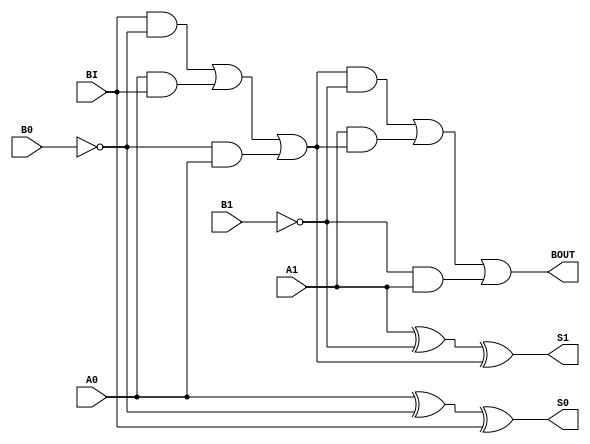
// --------------------------------------------------------------------
// >>>>>>>>>>>>>>>>>>>>>>>>> COPYRIGHT NOTICE <<<<<<<<<<<<<<<<<<<<<<<<<
// --------------------------------------------------------------------
// Copyright (c) 2005 by Lattice Semiconductor Corporation
// --------------------------------------------------------------------
//
//
//                     Lattice Semiconductor Corporation
//                     5555 NE Moore Court
//                     Hillsboro, OR 97214
//                     U.S.A.
//
//                     TEL: 1-800-Lattice  (USA and Canada)
//                          1-408-826-6000 (other locations)
//
//                     web: http://www.latticesemi.com/
//
// --------------------------------------------------------------------
//
// Simulation Library File for ECP2
//
// $Header: /home/dmsys/pvcs/RCSMigTest/rcs/verilog/pkg/versclibs/data/ecp2/RCS/FSUB2B.v,v 1.1 2005/07/08 14:28:41 pradeep Exp $ 
//
`resetall
`timescale 1 ns / 1 ps

`celldefine

module FSUB2B (A0, A1, B0, B1, BI, BOUT, S0, S1);
  input  A0, A1, B0, B1, BI;
  output BOUT, S0, S1;

wire BOUT0;

  and INST10 (I3, BI, I9);
  and INST11 (I4, A0, BI);
  or INST12 (BOUT0, I3, I4, I5);
  xor INST13 (S0, A0, I9, BI);
  not INST19 (I9, B0);
  and INST2 (I5, I9, A0);

  xor INST23 (S1, A1, I22, BOUT0);
  or INST24 (BOUT, I32, I31, I30);
  and INST25 (I31, A1, BOUT0);
  and INST26 (I32, BOUT0, I22);
  and INST27 (I30, I22, A1);
  not INST35 (I22, B1);


endmodule 
`endcelldefine